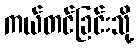
ကယ်တင်ခြင်းသို့